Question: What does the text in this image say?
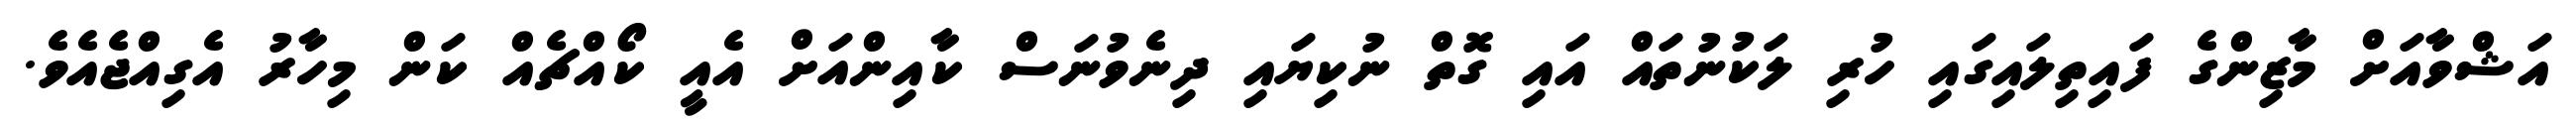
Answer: އަޝްވާއަށް މާޒިންގެ ފައިތިލައިގައި ހުރި ލަކުނުތައް އައި ގޮތް ނުކިޔައި ދިނެވުނަސް ކާއިންއަށް އެއީ ކޯއްޗެއް ކަން މިހާރު އެގިއްޖެއެވެ.